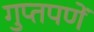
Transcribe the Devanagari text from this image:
गुप्‍तपणें